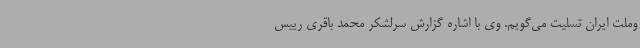
وملت ایران تسلیت می‌گویم. وی با اشاره گزارش سرلشکر محمد باقری رییس